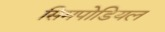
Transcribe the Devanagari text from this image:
सिमपोडियल